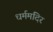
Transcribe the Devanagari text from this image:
धर्ममंदिर